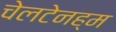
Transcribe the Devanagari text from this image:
चेलटेनह्म